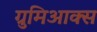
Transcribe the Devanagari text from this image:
ग्रुमिआक्स